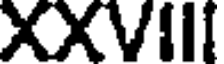
XXVIII